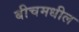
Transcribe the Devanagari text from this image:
बीचमधील